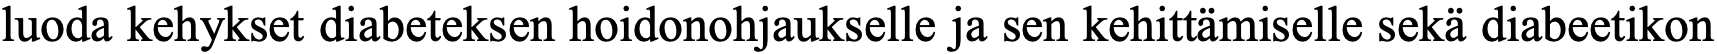
luoda kehykset diabeteksen hoidonohjaukselle ja sen kehittämiselle sekä diabeetikon